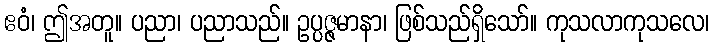
ဧဝံ၊ ဤအတူ။ ပညာ၊ ပညာသည်။ ဥပ္ပဇ္ဇမာနာ၊ ဖြစ်သည်ရှိသော်။ ကုသလာကုသလေ၊